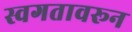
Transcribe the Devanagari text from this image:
स्वगतावरून